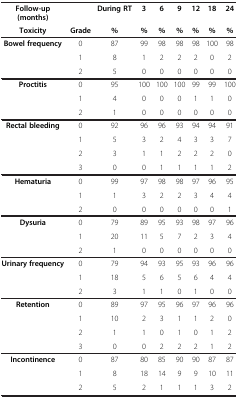
| Follow-up (months) |  | During RT | 3 | 6 | 9 | 12 | 18 | 24 |
 | Toxicity | Grade | % | % | % | % | % | % | % |
 | --- | --- | --- | --- | --- | --- | --- | --- | --- |
 | Bowel frequency | 0 | 87 | 99 | 98 | 98 | 98 | 100 | 98 |
 |  | 1 | 8 | 1 | 2 | 2 | 2 | 0 | 2 |
 |  | 2 | 5 | 0 | 0 | 0 | 0 | 0 | 0 |
 | Proctitis | 0 | 95 | 100 | 100 | 100 | 99 | 99 | 100 |
 |  | 1 | 4 | 0 | 0 | 0 | 1 | 1 | 0 |
 |  | 2 | 1 | 0 | 0 | 0 | 0 | 0 | 0 |
 | Rectal bleeding | 0 | 92 | 96 | 96 | 93 | 94 | 94 | 91 |
 |  | 1 | 5 | 3 | 2 | 4 | 3 | 3 | 7 |
 |  | 2 | 3 | 1 | 1 | 2 | 2 | 2 | 0 |
 |  | 3 | 0 | 0 | 1 | 1 | 1 | 1 | 2 |
 | Hematuria | 0 | 99 | 97 | 98 | 98 | 97 | 96 | 95 |
 |  | 1 | 1 | 3 | 2 | 2 | 3 | 4 | 4 |
 |  | 2 | 0 | 0 | 0 | 0 | 0 | 0 | 1 |
 | Dysuria | 0 | 79 | 89 | 95 | 93 | 98 | 97 | 96 |
 |  | 1 | 20 | 11 | 5 | 7 | 2 | 3 | 4 |
 |  | 2 | 1 | 0 | 0 | 0 | 0 | 0 | 0 |
 | Urinary frequency | 0 | 79 | 94 | 93 | 95 | 93 | 96 | 96 |
 |  | 1 | 18 | 5 | 6 | 5 | 6 | 4 | 4 |
 |  | 2 | 3 | 1 | 1 | 0 | 1 | 0 | 0 |
 | Retention | 0 | 89 | 97 | 95 | 96 | 97 | 96 | 96 |
 |  | 1 | 10 | 2 | 3 | 1 | 1 | 2 | 0 |
 |  | 2 | 1 | 1 | 0 | 1 | 0 | 1 | 2 |
 |  | 3 | 0 | 0 | 2 | 2 | 2 | 1 | 2 |
 | Incontinence | 0 | 87 | 80 | 85 | 90 | 90 | 87 | 87 |
 |  | 1 | 8 | 18 | 14 | 9 | 9 | 10 | 11 |
 |  | 2 | 5 | 2 | 1 | 1 | 1 | 3 | 2 |